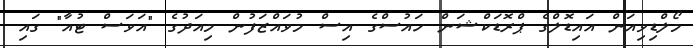
މޯލްޑިވިއަން އައިޑޮލްގެ ޕްރޮޑަކްޝަން ހައުސްގެ އިސް މުވައްޒަފުން މިއަދުގެ "އަވަސް ޓުއާ" ގައި